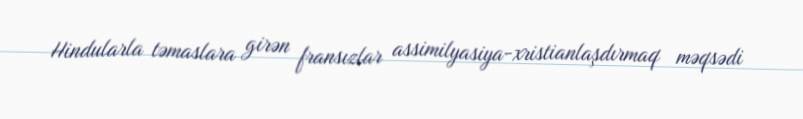
Hindularla təmaslara girən fransızlar assimilyasiya-xristianlaşdırmaq məqsədi